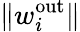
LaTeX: \| w_{i}^{\mathrm{out}}\|